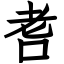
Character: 㖈